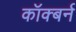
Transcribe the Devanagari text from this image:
कॉक्बर्न